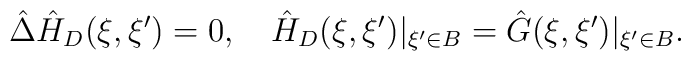
\hat{\Delta}{\hat{H}_D}(\xi,\xi')=0,\quad{\hat{H}_D}(\xi,\xi'){|_{\xi'\in B}}=\hat{G}(\xi,\xi'){|_{\xi'\in B}}.